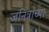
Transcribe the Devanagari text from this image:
जनित्रांच्या